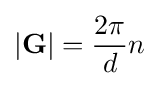
|\mathbf {G} |={\frac {2\pi }{d}}n